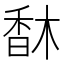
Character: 𩠽